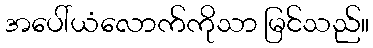
အပေါ်ယံလောက်ကိုသာ မြင်သည်။